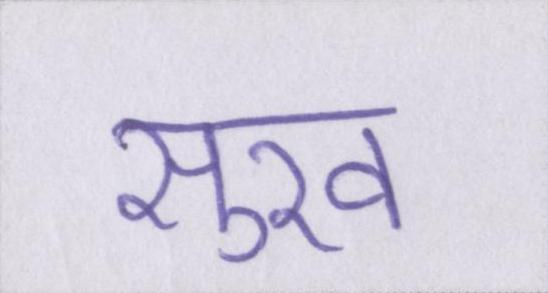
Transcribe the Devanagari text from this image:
सुख